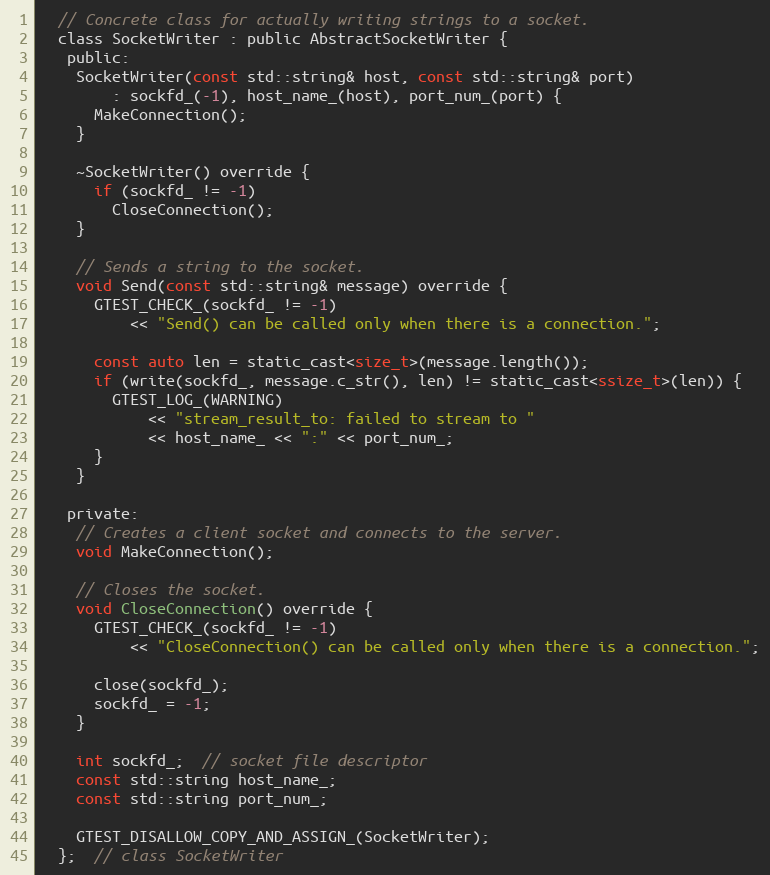
Language: C
  // Concrete class for actually writing strings to a socket.
  class SocketWriter : public AbstractSocketWriter {
   public:
    SocketWriter(const std::string& host, const std::string& port)
        : sockfd_(-1), host_name_(host), port_num_(port) {
      MakeConnection();
    }

    ~SocketWriter() override {
      if (sockfd_ != -1)
        CloseConnection();
    }

    // Sends a string to the socket.
    void Send(const std::string& message) override {
      GTEST_CHECK_(sockfd_ != -1)
          << "Send() can be called only when there is a connection.";

      const auto len = static_cast<size_t>(message.length());
      if (write(sockfd_, message.c_str(), len) != static_cast<ssize_t>(len)) {
        GTEST_LOG_(WARNING)
            << "stream_result_to: failed to stream to "
            << host_name_ << ":" << port_num_;
      }
    }

   private:
    // Creates a client socket and connects to the server.
    void MakeConnection();

    // Closes the socket.
    void CloseConnection() override {
      GTEST_CHECK_(sockfd_ != -1)
          << "CloseConnection() can be called only when there is a connection.";

      close(sockfd_);
      sockfd_ = -1;
    }

    int sockfd_;  // socket file descriptor
    const std::string host_name_;
    const std::string port_num_;

    GTEST_DISALLOW_COPY_AND_ASSIGN_(SocketWriter);
  };  // class SocketWriter